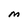
Character: M